Annual report of lunatic asylums [Bombay] - 1912-1922
Year: 1912
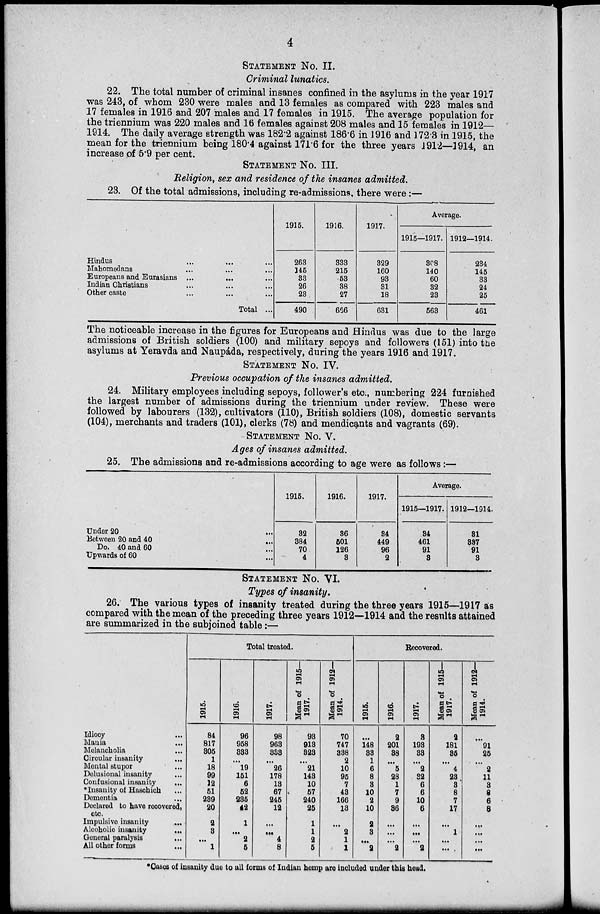
4
STATEMENT No. II.
Criminal lunatics.
22. The total number of criminal insanes confined in the asylums in the year 1917
was 243, of whom 230 were males and 13 females as compared with 223 males and
17 females in 1916 and 207 males and 17 females in 1915. The average population for
the triennium was 220 males and 16 females against 208 males and 15 females in 1912—
1914. The daily average strength was 182.2 against 186.6 in 1916 and 172.3 in 1915, the
mean for the triennium being 180.4 against 171.6 for the three years 1912—1914, an
increase of 5.9 per cent.
STATEMENT No. III.
Religion, sex and residence of the insanes admitted.
23. Of the total admissions, including re-admissions, there were:—
Hindus ... ... ...
Mahomedans ... ... ...
Europeans and Eurasians ... ... ...
Indian Christians ... ... ...
Other caste ... ... ...
Total ...
1915.
263
145
33
26
23
490
1916.
333
215
53
38
27
666
1917.
329
160
93
31
18
631
Average.
1915—1917.
308
140
60
32
23
563
1912—1914.
234
145
33
24
25
461
The noticeable increase in the figures for Europeans and Hindus was due to the large
admissions of British soldiers (100) and military sepoys and followers (151) into the
asylums at Yeravda and Naupáda, respectively, during the years 1916 and 1917.
STATEMENT No. IV.
Previous occupation of the insanes admitted.
24. Military employees including sepoys, follower's etc., numbering 224 furnished
the largest number of admissions during the triennium under review. These were
followed by labourers (132), cultivators (110), British soldiers (108), domestic servants
(104), merchants and traders (101), clerks (78) and mendicants and vagrants (69).
STATEMENT No. V.
Ages of insanes admitted.
25. The admissions and re-admissions according to age were as follows:—
Under 20 ...
Between 20 and 40
...
Do. 40 and 60 ...
Upwards of 60 ...
1915.
32
384
70
4
1916.
36
501
126
3
1917.
34
449
96
2
Average.
1915—1917.
34
461
91
3
1912—1914.
31
337
91
3
STATEMENT No. VI.
Types of insanity.
26. The various types of insanity treated during the three years 1915—1917 as
compared with the mean of the preceding three years 1912—1914 and the results attained
are summarized in the subjoined table :—
Idiocy ...
Mania ...
Melancholia ...
Circular insanity ...
Mental stupor ...
Delusional insanity ...
Confusional insanity ...
* Insanity of Haschich ...
Dementia ...
Declared to have recovered,
etc.
Impulsive insanity
...
Alcoholic insanity
...
General paralysis ...
All other forms
...
Total treated.
1915.
84
817
305
1
18
99
12
51
239
20
2
3
...
1
1916.
96
958
333
...
19
151
6
52
235
42
1
...
2
5
1917.
98
963
333
...
26
178
13
67
245
12
...
...
4
8
Mean of 1915—
1917.
93
913
323
...
21
143
10
57
240
25
1
1
2
5
Mean of 1912—
1914.
70
747
338
2
10
95
7
43
166
13
...
2
1
1
Recovered.
1915.
...
148
33
1
6
8
3
10
2
10
2
3
...
2
1916.
2
201
38
...
5
28
1
7
9
36
...
...
...
2
1917.
3
193
33
...
2
32
6
6
10
6
...
...
...
2
Mean of 1915—
1917.
2
181
35
...
4
23
3
8
7
17
...
1
...
...
Mean of 1912—
1914.
...
91
25
...
2
11
3
8
6
8
...
...
...
...
* Cases of insanity due to all forms of Indian hemp are included under this head.